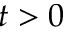
t > 0